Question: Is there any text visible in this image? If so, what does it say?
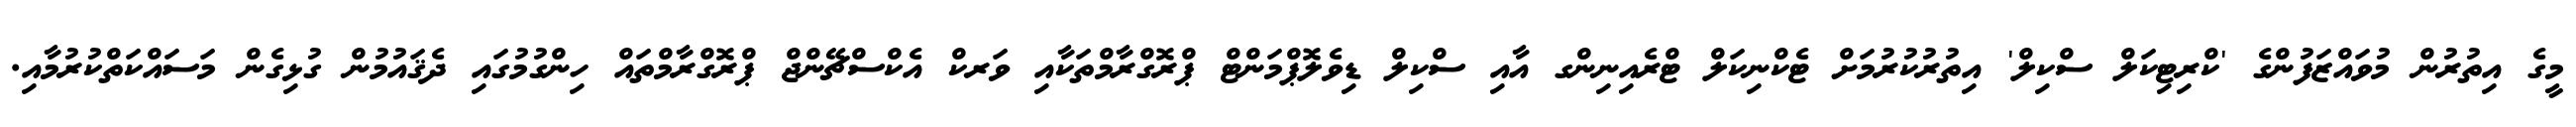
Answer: މީގެ އިތުރުން މުވައްޒަފުންގެ 'ކްރިޓިކަލް ސްކިލް' އިތުރުކުރުމަށް ޓެކްނިކަލް ޓްރެއިނިންގ އާއި ސްކިލް ޑިވެލޮޕްމަންޓް ޕްރޮގްރާމްތަކާއި ވަރކް އެކްސްޗޭންޖް ޕްރޮގްރާމްތައް ހިންގުމުގައި ދެޤައުމުން ގުޅިގެން މަސައްކަތްކުރުމާއި.